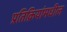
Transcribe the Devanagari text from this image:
प्रतिक्रियांमधील